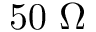
5 0 ~ \Omega